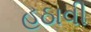
હઠાવી